Report of the Indian Hemp Drugs Commission, 1894-1895 - Volume VII
Year: 1894
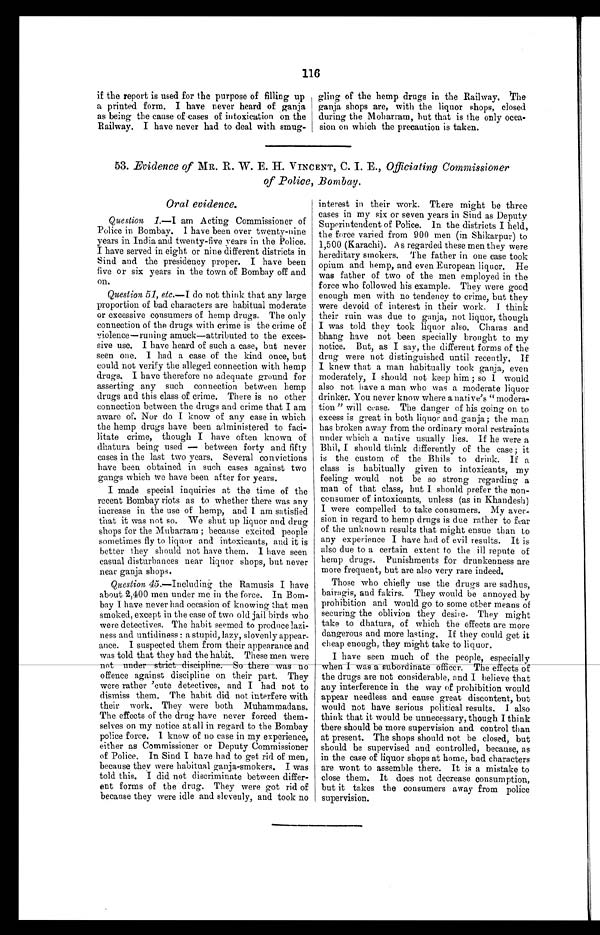
116
if the report is used for the purpose of filling up
a printed form. I have never heard of ganja
as being the cause of cases of intoxication on the
Railway. I have never had to deal with smug-
gling of the hemp drugs in the Railway. The
ganja shops are, with the liquor shops, closed
during the Moharram, but that is the only occa--
sion on which the precaution is taken.
53. Evidence of MR. R. W. E. H. VINCENT, C. I. E., Officiating Commissioner
of Police, Bombay.
Oral evidence.
Question 1 .—I am Acting Commissioner of
Police in Bombay. I have been over twenty-nine
years in India and twenty-five years in the Police.
I have served in eight or nine different districts in
Sind and the presidency proper. I have been
five or six years in the town of Bombay off and
on.
Question 51, etc.—I do not think that any large
proportion of bad characters are habitual moderate
or excessive consumers of hemp drugs. The only
connection of the drugs with crime is the crime of
violence—runing amuck—attributed to the exces
-
sive use. I have heard of such a case, but never
seen one. I had a case of the kind once, but
could not verify the alleged connection with hemp
drugs. I have therefore no adequate ground for
asserting any such connection between hemp
drugs and this class of crime. There is no other
connection between the drugs and crime that I am
aware of. Nor do I know of any case in which
the hemp drugs have been administered to faci-
- l i t a t e c r i m e , t h o u g h I h a v e o f t e n k n o w n o f
dhatura being used — between forty and fifty
cases in the last two years, Several convictions
have been obtained in such cases against two
gangs which we have been after for years.
I made special inquiries at the time of the
recent Bombay riots as to whether there was any
increase in the use of hemp, and I am satisfied
that it was not so. We shut up liquor and drug
shops for the Muharram ; because excited people
sometimes fly to liquor and intoxicants, and it is
better they should not have them. I have seen
casual disturbances near liquor shops, but never
near ganja shops.
Question 45 .—Including the Ramusis I have
about 2,400 men under me in the force. In Bom--
bay I have never had occasion of knowing that men
smoked, except in the case of two old jail birds who
were detectives. The habit seemed to produce lazi--
ness and untidiness : a stupid, lazy, slovenly appear--
ance. I suspected them from their appearance and
was told that they had the habit. These men were
not under strict discipline. So there was no
offence against discipline on their part. They
were rather cute detectives, and I had not to
dismiss them. The habit did not interfere with
their work. They were both Muhammadans.
The effects of the drug have never forced them
- s e l v e s o n m y n o t i c e a t a l l i n r e g a r d t o t h e B o m b a y
police force. I know of no case in my experience,
either as Commissioner or Deputy Commissioner
of Police. In Sind I have had to get rid of men,
because they were habitual ganja-smokers. I was
told this. I did not discriminate between differ-
- e n t f o r m s o f t h e d r u g . T h e y w e r e g o t r i d o f
because they were idle and slovenly, and took no
interest in their work. There might be three
cases in my six or seven years in Sind as Deputy
Superintendent of Police. In the districts I held,
the force varied from 900 men (in Shikarpur) to
1,500 (Karachi). A s regarded these men they were
hereditary smokers. The father in one case took
opium and hemp, and even European liquor. He
was father of two of the men employed in the
force who followed his example. They were good
enough men with no tendency to crime, but they
were devoid of interest in their work, I think
their ruin was due to ganja, not liquor, though
I was told they took liquor also. Charas and
bhang have not been specially brought to my
notice. But, as I say, the different forms of the
drug were not distinguished until recently. If
I knew that a man habitually took ganja, even
moderately, I should not keep him ; so I would
also not have a man who was a moderate liquor
drinker. You never know where a native's "modera--
tion " will cease. The danger of his going on to
excess is great in both liquor and ganja ; the man
has broken away from the ordinary moral restraints
under which a native usually lies. If he were a
Bhil, I should think differently of the case; it
is the custom of the Bhils to drink. If a
class is habitually given to intoxicants, my
feeling would not be so strong regarding a
man of that class, but I should prefer the non
-
consumer of intoxicants, unless (as in Khandesh)
I were compelled to take consumers. My aver-
sion in regard to hemp drugs is due rather to fear
of the unknown results that might ensue than to
any experience I have had of evil results. It is
also due to a certain extent to the ill repute of
hemp drugs. Punishments for drunkenness are
more frequent, but are also very rare indeed.
Those who chiefly use the drugs are sadhus,
bairagis, and fakirs. They would be annoyed by
prohibition and would go to some other means of
securing the oblivion they desire. They might
take to dhatura, of which the effects are more
dangerous and more lasting. If they could get it
cheap enough, they might take to liquor.
I have seen much of the people, especially
When I was a subordinate officer. The effects of
the drugs are not considerable, and I believe that
any interference in the way of prohibition would
appear needless and cause great discontent, but
would not have serious political results. I also
think that it would be unnecessary, though I think
there should be more supervision and control than
at present. The shops should not be closed, but
should be supervised and controlled, because, as
in the case of liquor shops at home, bad characters
are wont to assemble there. It is a mistake to
close them. It does not decrease consumption,
but it takes the consumers away from police
supervision.